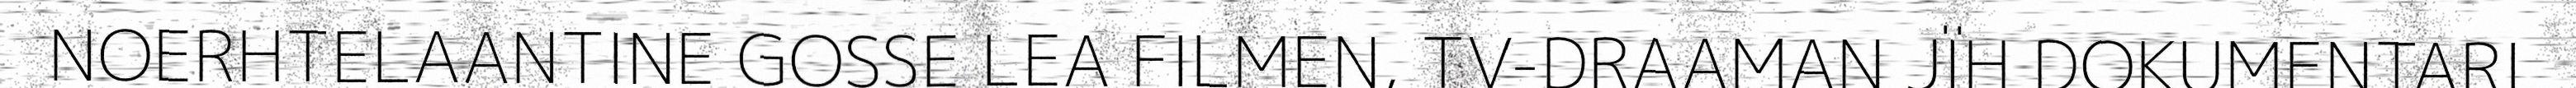
NOERHTELAANTINE GOSSE LEA FILMEN, TV-DRAAMAN JÏH DOKUMENTARI